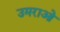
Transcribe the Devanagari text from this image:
उमराओ